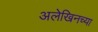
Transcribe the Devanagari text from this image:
अलेखिनच्या